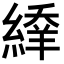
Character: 𦃱